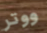
ووتر